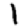
Digit: 1